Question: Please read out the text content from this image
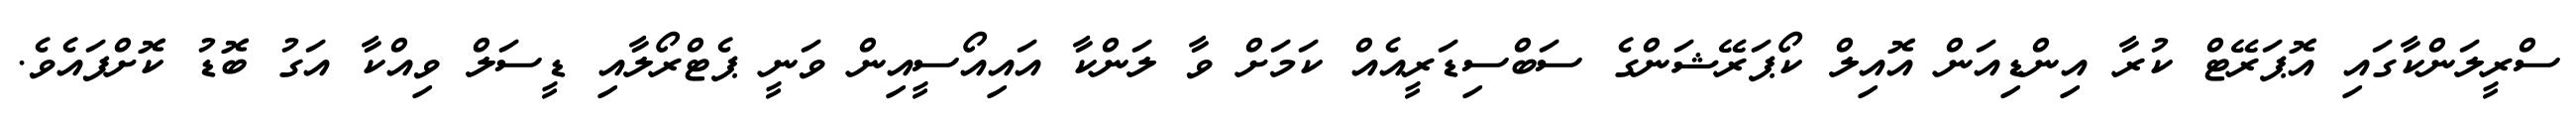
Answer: ސްރީލަންކާގައި އޮޕަރޭޓް ކުރާ އިންޑިއަން އޮއިލް ކޯޕަރޭޝަންގެ ސަބްސިޑަރީއެއް ކަމަށް ވާ ލަންކާ އައިއޯސީއިން ވަނީ ޕެޓްރޯލާއި ޑީސަލް ވިއްކާ އަގު ބޮޑު ކޮށްފައެވެ.